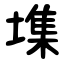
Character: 㙫